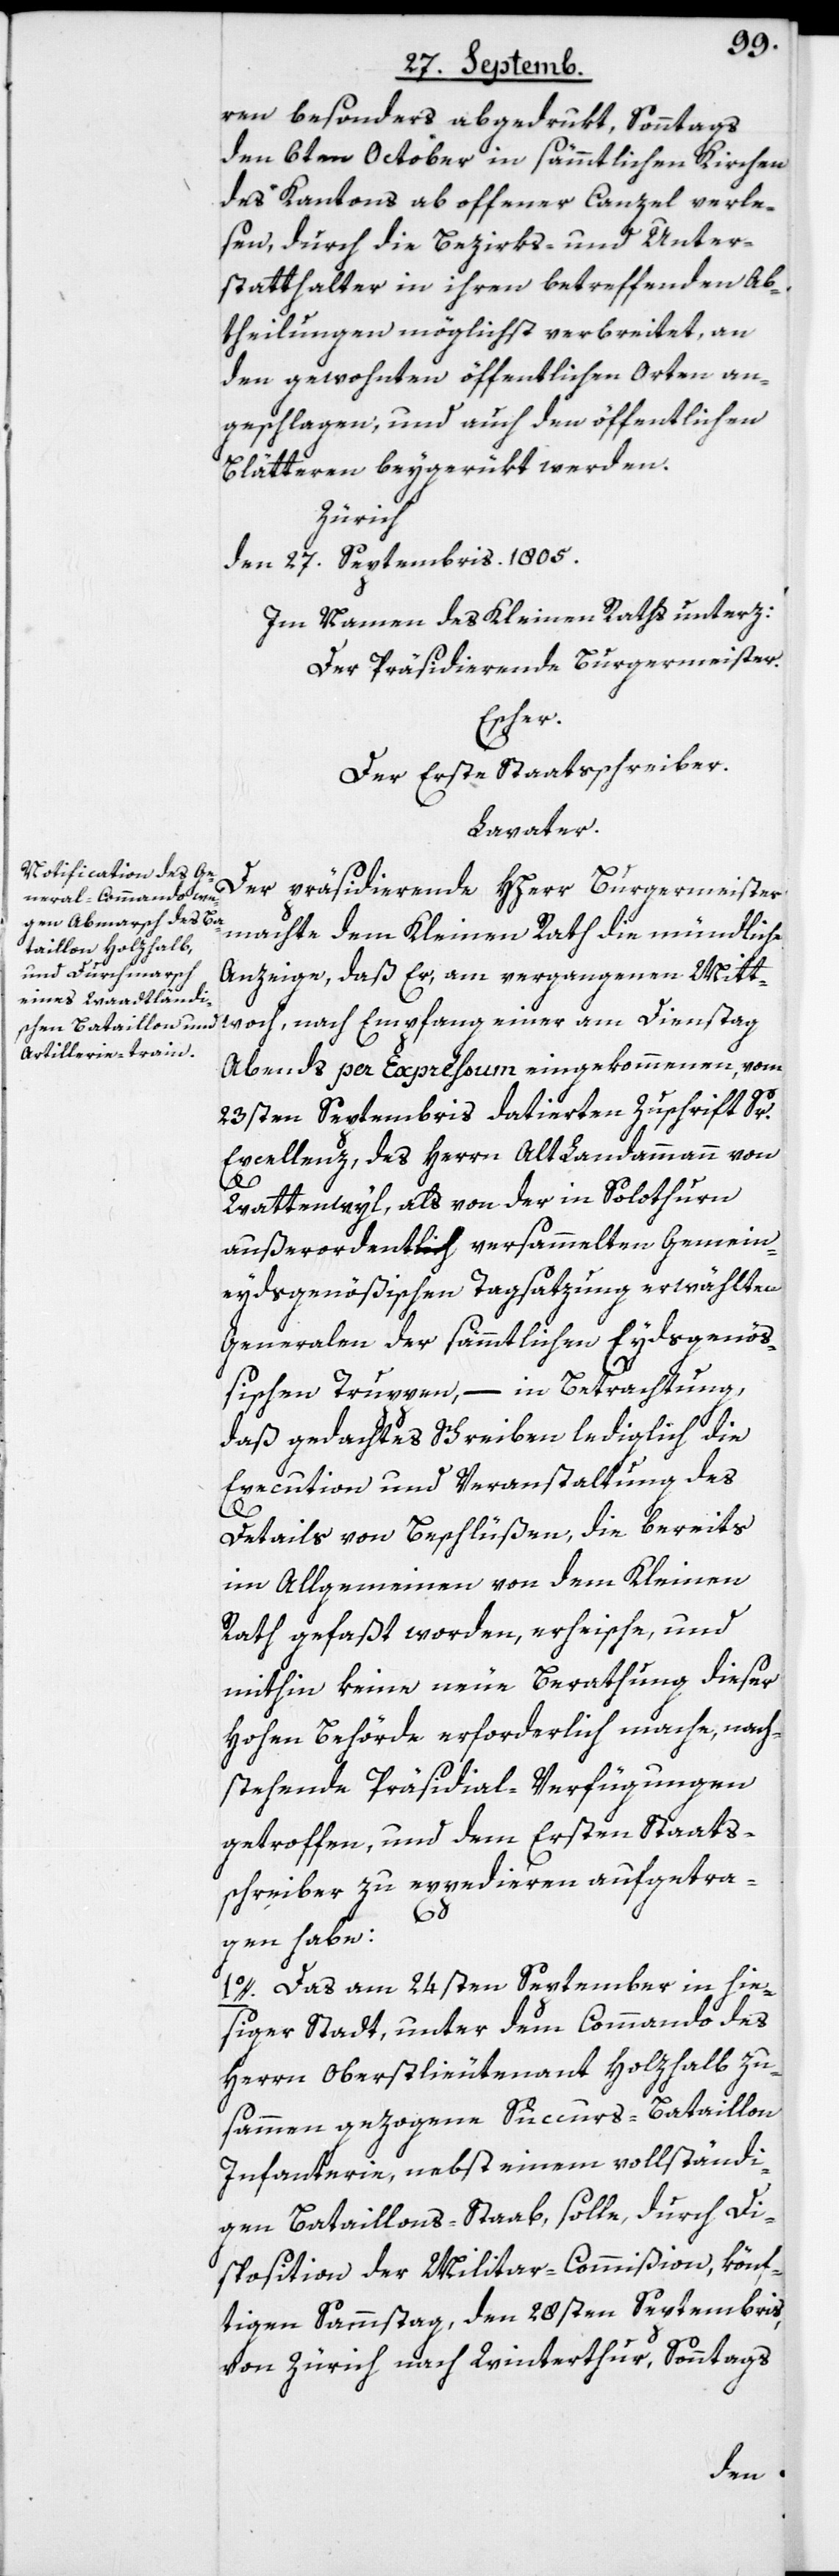
ren besonders abgedrukt, Sonntags
den 6ten October in sämmtlichen Kirchen
des Kantons ab offener Canzel verle¬
sen, durch die Bezirks- und Unter¬
statthalter in ihren betreffenden Ab¬
theilungen möglichst verbreitet, an
den gewohnten öffentlichen Orten an¬
geschlagen und auch den öffentlichen
Blätteren beygerükt werden.
Zürich
den 27. Septembris. 1805.
Im Namen des Kleinen Raths unterz:
Der Präsidierende Burgermeister.
Escher.
Der Erste Staatsschreiber.
Lavater.
Der präsidierende HHerr Burgermeister
machte dem Kleinen Rath die mündliche
Anzeige, daß Er, am vergangenen Mitt¬
woch, nach Empfang einer am Dienstag
Abends per Expreßum eingekommenen, vom
23sten Septembris datierten Zuschrift Sr.
Excellenz, des Herrn AltLandammann von
Wattenwyl, als von der in Solothurn
außerordentlich versammelten Gemein¬
eydsgenößischen Tagsatzung erwählten
Generalen der sämmtlichen Eydsgenöß¬
ischen Truppen, – in Betrachtung,
daß gedachtes Schreiben lediglich die
Execution und Veranstaltung des
Details von Beschlüßen, die bereits
im Allgemeinen von dem Kleinen
Rath gefaßt worden, erheische, und
mithin keine neue Berathung dieser
hohen Behörde erforderlich mache, nach¬
stehende Präsidial-Verfügungen
getroffen, und dem Rrsten Staats¬
schreiber zu expedieren aufgetra¬
gen habe:
1o. Das am 24sten September in hie¬
ßiger Stadt, unter dem Commando des
Herrn Oberstlieutenant Holzhalb zu¬
sammen gezogene Succurs-Bataillon
Infanterie, nebst einem vollständi¬
gen Bataillons-Staab, solle, durch Di¬
sposition der Militar-Commißion, könf¬
tigen Sammstag, den 28sten Septembris,
von Zürich nach Winterthur, Sonntags